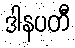
ဒါနပတီ